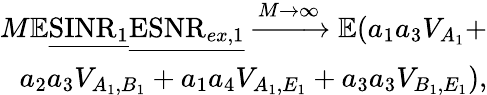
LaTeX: \begin{array}{r}{M\mathbb{E}\underline{{\mathrm{SINR}_{1}}}\underline{{\mathrm{ESNR}_{ex,1}}}\xrightarrow[]{M\rightarrow\infty}\mathbb{E}(a_{1}a_{3}V_{A_{1}}+}\\ {a_{2}a_{3}V_{A_{1},B_{1}}+a_{1}a_{4}V_{A_{1},E_{1}}+a_{3}a_{3}V_{B_{1},E_{1}}),}\end{array}